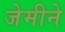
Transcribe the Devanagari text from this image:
जेमीने